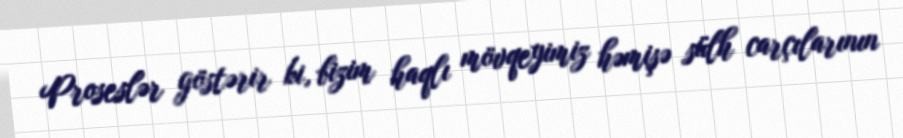
Proseslər göstərir ki, bizim haqlı mövqeyimiz həmişə sülh carçılarının